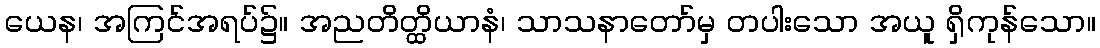
ယေန၊ အကြင်အရပ်၌။ အညတိတ္ထိယာနံ၊ သာသနာတော်မှ တပါးသော အယူ ရှိကုန်သော။